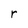
Character: r